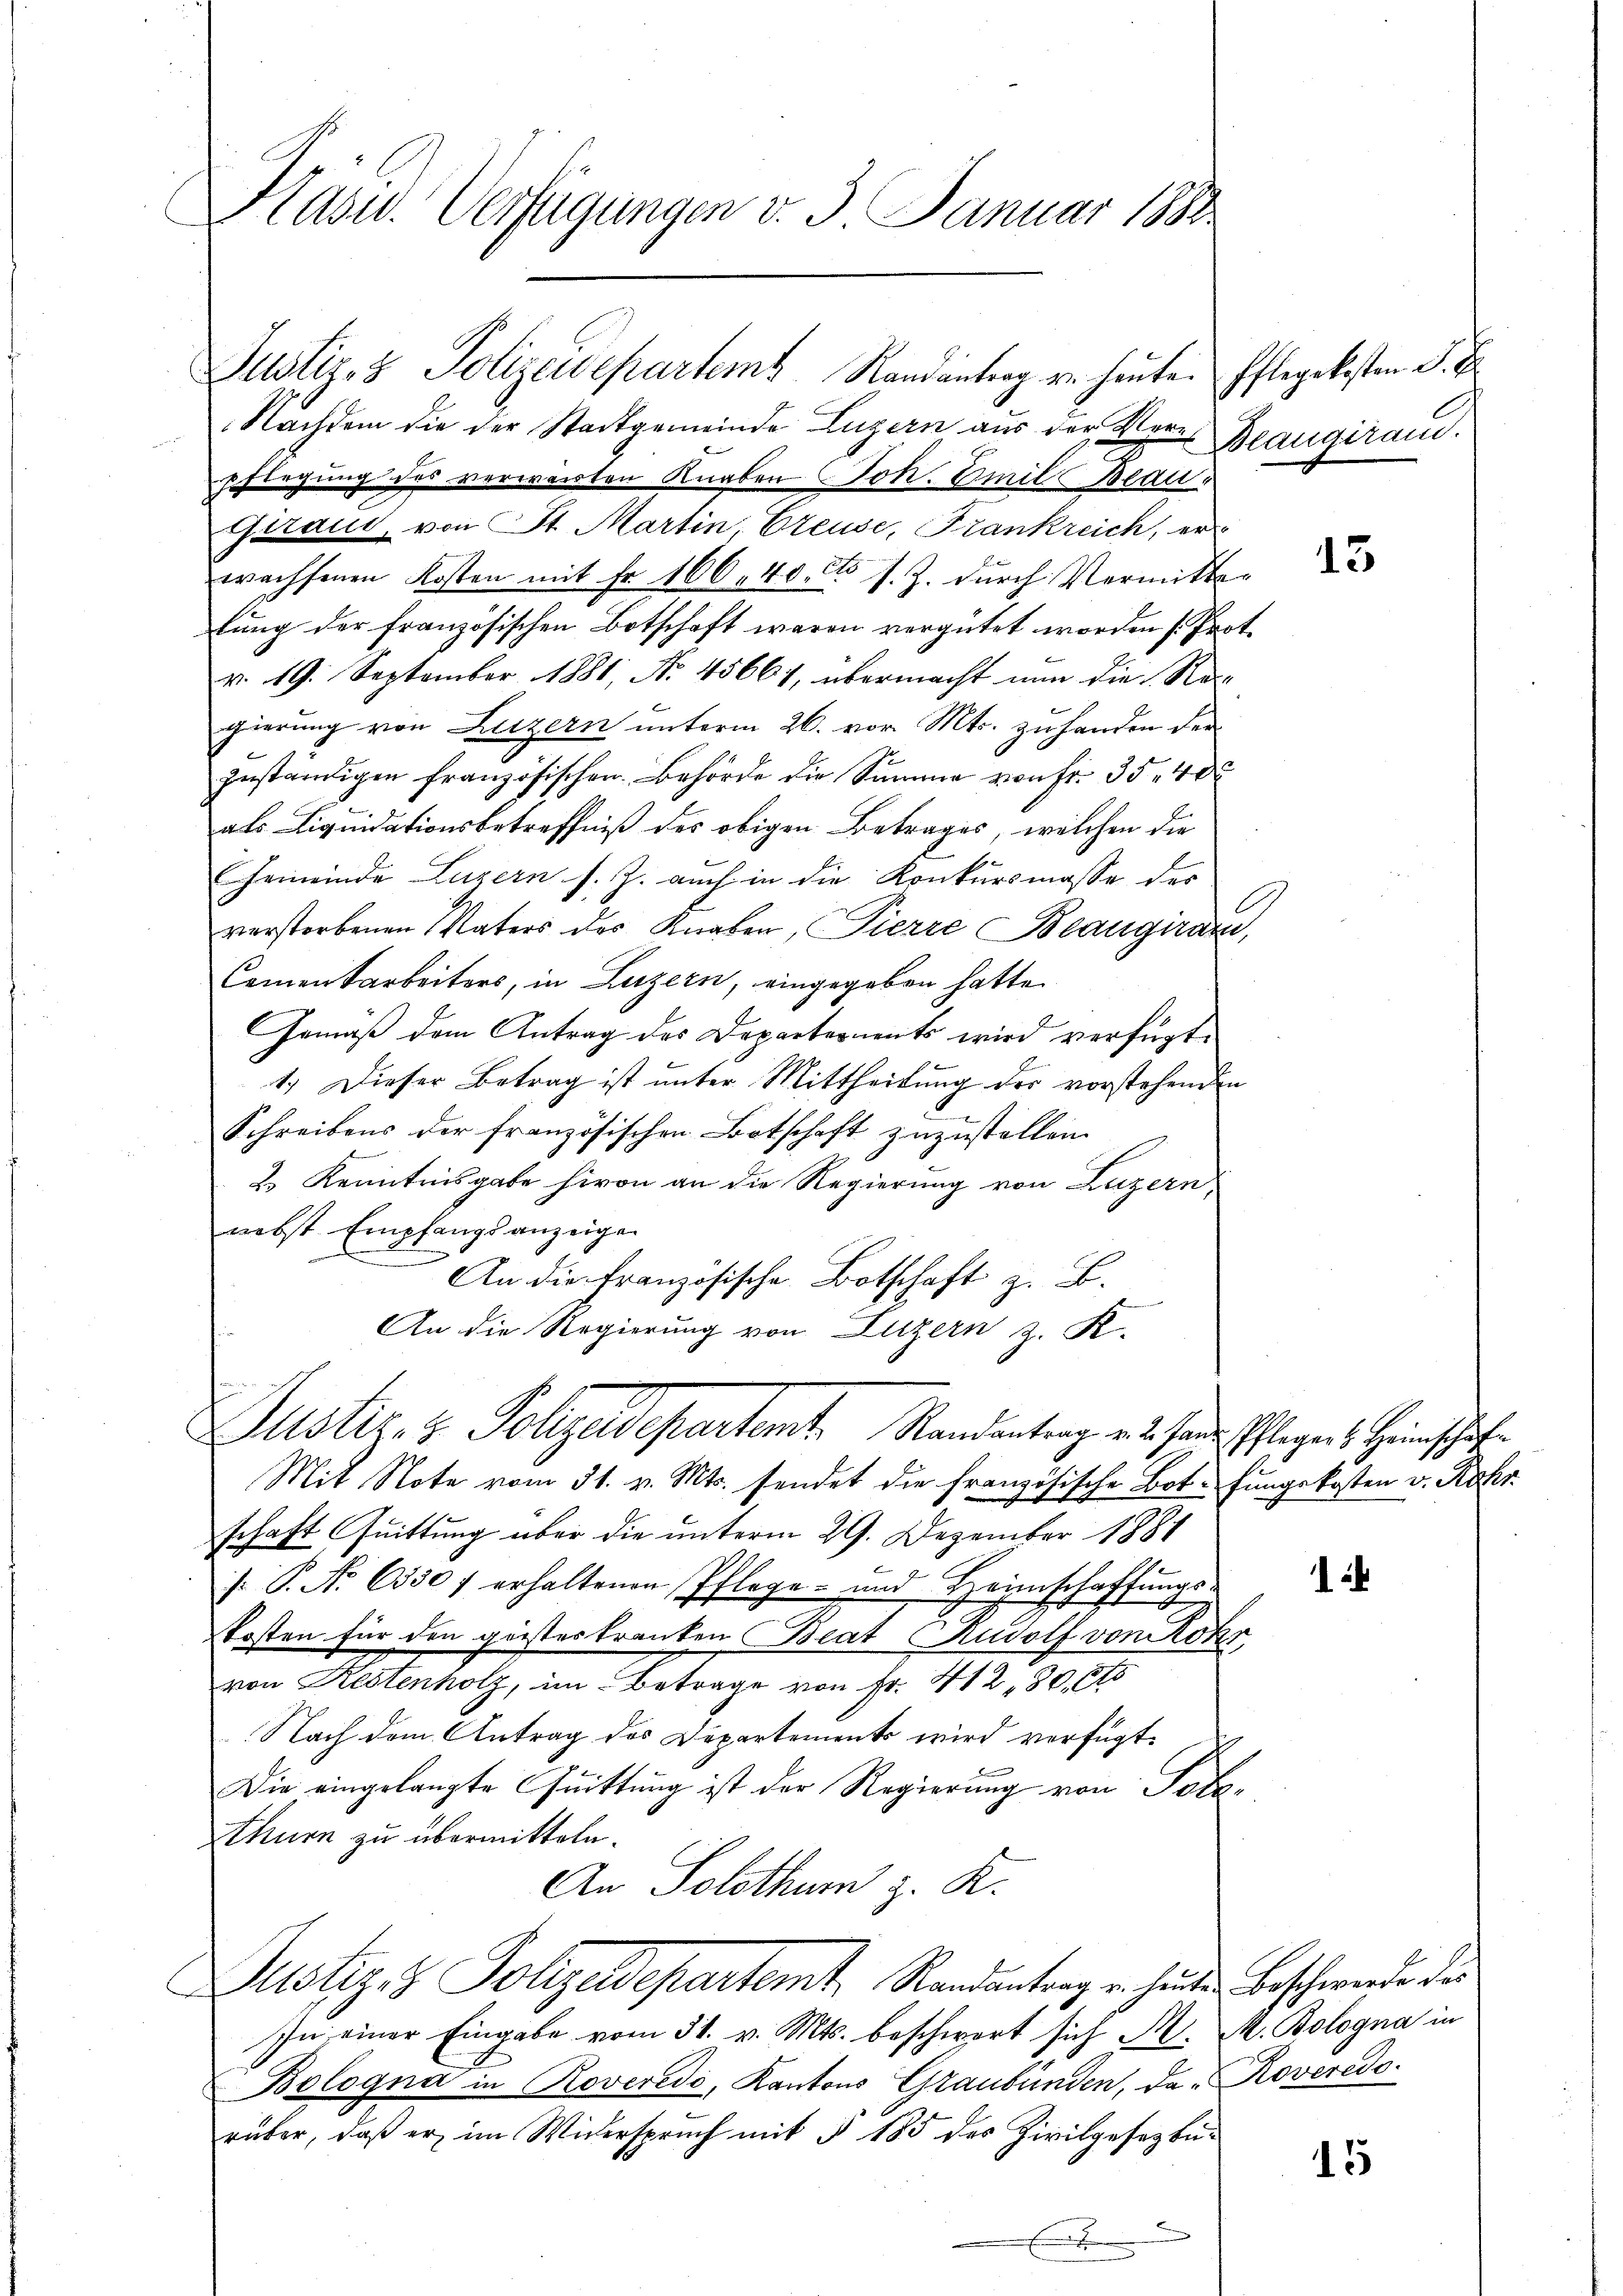
Hasu. Verfügungen d. 3. Januar 1883

Justiz- & Polizeidepartem Randantrag v. heuten Pflegekosten S.
Nachdem die der Stadtgemeinde Luzern aus der Vere
pflegung des verwarten Knaben Joh. Emil Beau¬
Giraut, von St. Martin, Creuse, Frankreich, er
wachsenen Kosten mit Fr. 166. 40. s. Z. dŭrch Vermitter
tung der französischen Botschaft waren vergütet worden (Prot.
v. 19. September 1881, No. 45661, übermacht nun die Re-
gierung von Luzern unterm 26. vor. Mts. zuhanden der
zuständigen französischen Behörde die Summe von Fr. 35 400
als Liquidationsbetreffniß des obigen Betrages, welchen die
Gemeinde Luzern s. Z. auch in die Konkursmasse der
verstorbenen Vaters des Knaben, Pierre Beaugiram,
Cementarbeiters, in Luzern, eingegeben hatte.
Gemäß dem Antrag des Departernents wird verfügt:
1.) Dieser Betrag ist unter Mittheilung der vorstehenden
Schreibens der französischen Botschaft zuzustellen.
2. Kenntnisgabe hievon an die Regierung von Luzern,
nebst Empfangsanzeigen
An die Französische Botschaft z. B.
An die Regierung von Luzern z. K.
Justiz- & Polizeidepartemt. Randantrag v. 2. Jan. Pflegers Heimschafte
Mit Note vom 31. v. Mts. sendet die französische Bot-fungskosten v. Rohr
schaft Quittung über die unterm 29. Dezember 1881
 P. No 6330 f erhaltenen Pflege und Heimschaffŭngs-
kosten für den geisteskranken Beat Rudolf von Rohr,
von Restenholz, im Betrage von Fr. 412, 30, 6t
Nach dem Antrag des Departements wird verfügt
Die eingelangte Quittung ist der Regierung von Pote¬
Ethurn zu übermitteln.
An Solothurn z. K.

Justiz & Polizeidepartemt, Randantrag u. heiten Beschwerde die

In einer Eingabe vom 31. v. Mts. beschwert sich M. M. Bologna in
Bologna in Roveredo, Kantons Graubünden, da Roverede.
rüber, daß er im Widerspruch mit § 185 des Zivilgesetzbu¬
.

Beaugiraud.

G

13

1

15